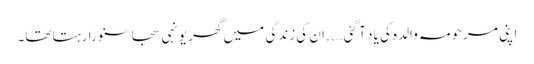
اپنی مرحومہ والدہ کی یاد آ گئی…..ان کی زندگی میں گھر یونہی سجا سنورا رہتا تھا۔